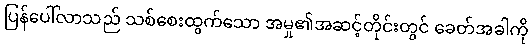
ပြန်ပေါ်လာသည် သစ်စေးထွက်သော အမှု၏အဆင့်တိုင်းတွင် ခေတ်အခါကို